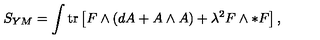
S _ { Y M } = \int \mathrm { t r } \left[ F \wedge ( d A + A \wedge A ) + \lambda ^ { 2 } F \wedge * F \right] , \label l